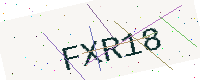
Text: FXR18